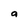
Character: a